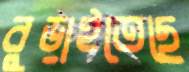
বুড়াইতেছে